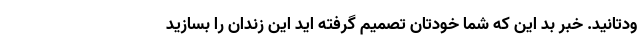
ودتانید. خبر بد این که شما خودتان تصمیم گرفته اید این زندان را بسازید